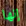
إنها